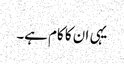
یہی ان کا کام ہے۔